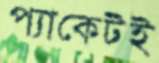
প্যাকেটই